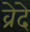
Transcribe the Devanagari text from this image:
व्रेदे